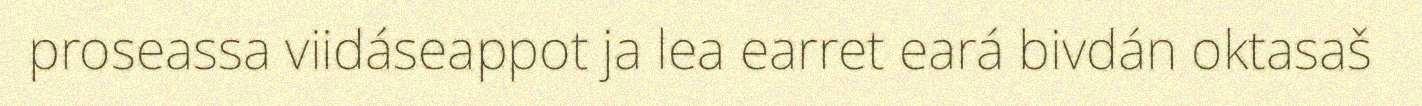
proseassa viidáseappot ja lea earret eará bivdán oktasaš